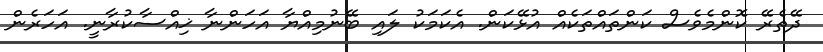
ދޭތެރޭ ކޮންމެވެސް ކަންތައްތަކެއް އުޅޭކަން. އެކަމަކު ލައި ބޭނުމިއްޔާ އަހަންނާ ޚިއްސާކުރާނީ. އަހަރެން